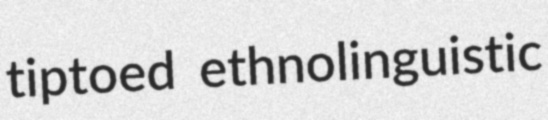
tiptoed ethnolinguistic